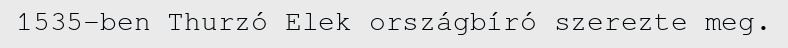
1535-ben Thurzó Elek országbíró szerezte meg.